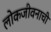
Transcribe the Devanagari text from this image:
लोकजीवनाची